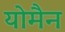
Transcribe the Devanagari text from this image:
योमैन